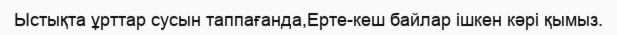
Ыстықта ұрттар сусын таппағанда,Ерте-кеш байлар ішкен кәрі қымыз.